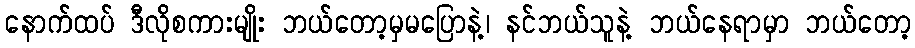
နောက်ထပ် ဒီလိုစကားမျိုး ဘယ်တော့မှမပြောနဲ့၊ နင်ဘယ်သူနဲ့ ဘယ်နေရာမှာ ဘယ်တော့